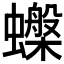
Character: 𧓙